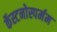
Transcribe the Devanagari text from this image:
कॅस्टनोस्पर्मम